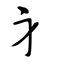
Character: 身